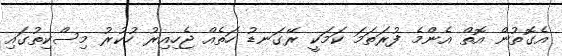
އެގޮތުން އޮތް އެންމެ ފުރަތަމަ ކަމަކީ ރޭގަނޑު ހަތެއް ޖެހިއިރު ހުކުރު މިސްކިތުގައި